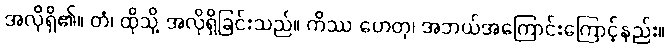
အလိုရှိ၏။ တံ၊ ထိုသို့ အလိုရှိခြင်းသည်။ ကိဿ ဟေတု၊ အဘယ်အကြောင်းကြောင့်နည်း။